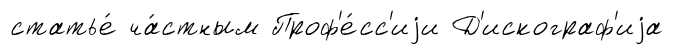
статье́ ча́стным Проф'е́сс'иjи Д'искограф'иjа